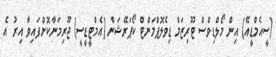
(ސީއެމްޑީއޭ) އިން މޯލްޑިވްސް ޓޫރިޒަމް ޑިވެލޮޕްމަންޓް ކޯޕަރޭޝަން (އެމްޓީޑީސީ) ޖޫރިމަނާކޮށްފައިވާ އިރު އެ